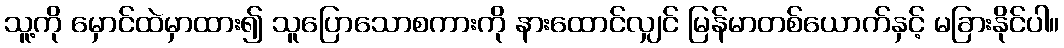
သူ့ကို မှောင်ထဲမှာထား၍ သူပြောသောစကားကို နားထောင်လျှင် မြန်မာတစ်ယောက်နှင့် မခြားနိုင်ပါ။